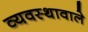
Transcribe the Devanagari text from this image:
व्यवस्थावाले